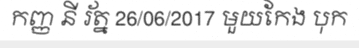
កញ្ញ នី រ័ត្ន 26/06/2017 មួយកែង បុក